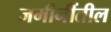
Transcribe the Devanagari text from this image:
जमीनींतील